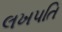
લખપતિ